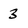
Character: 3